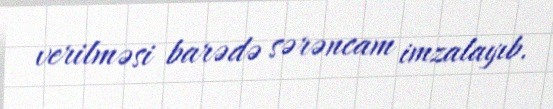
verilməsi barədə sərəncam imzalayıb.